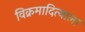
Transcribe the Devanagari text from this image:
विक्रमादित्याला